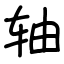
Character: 轴